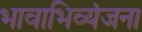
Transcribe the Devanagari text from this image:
भावाभिव्यंजना